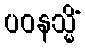
ပဝနသ္မိံ